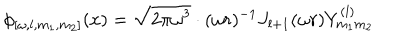
\phi _ { [ \omega , l , m _ { 1 } , m _ { 2 } ] } ( x ) = \sqrt { 2 \pi \omega ^ { 3 } } \cdot ( \omega r ) ^ { - 1 } J _ { l + 1 } ( \omega r ) Y _ { m _ { 1 } m _ { 2 } } ^ { ( l ) }